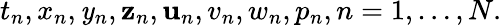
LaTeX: t_{n},x_{n},\mathit{y}_{n},\mathbf{z}_{n},\mathbf{u}_{n},v_{n},w_{n},p_{n},n=1,\ldots,N.